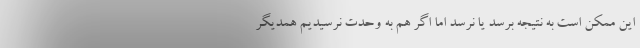
این ممکن است به نتیجه برسد یا نرسد اما اگر هم به وحدت نرسیدیم همدیگر